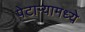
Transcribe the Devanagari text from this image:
पेटार्‍यामध्ये